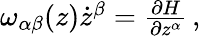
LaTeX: \begin{array}{r}{\omega_{\alpha\beta}(z)\dot{z}^{\beta}=\frac{\partial H}{\partial z^{\alpha}}\, ,}\end{array}